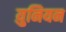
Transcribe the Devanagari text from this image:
य़ुनियन